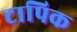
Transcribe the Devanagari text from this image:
टापिक